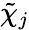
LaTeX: \tilde{\chi}_{j}